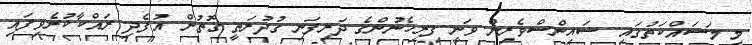
މި މަސައްކަތުގައި ސައިންސްވެރިން ވަނީ ފިރިހެނުންގެ ދަރިފަނި ގުދުރަތީ ގޮތުން އުފެދި ރައްކާކުރެވިފައި